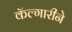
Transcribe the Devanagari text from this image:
कॅल्गारीने